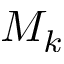
M _ { k }